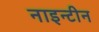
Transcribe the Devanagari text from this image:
नाइन्टीन